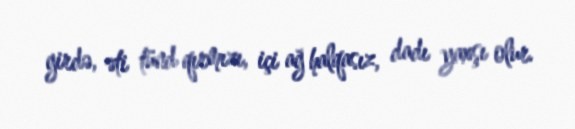
girdə, əti tünd qırmızı, içi ağ halqasız, dadı yaxşı olur.